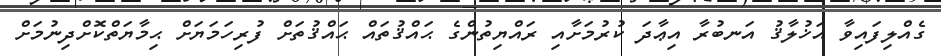
ގެއްލިފައިވާ އަޚުލާޤު އަނބުރާ އިޢާދަ ކުރުމަށާއި ރައްޔިތުންގެ ޙައްޤުތައް ޙައްޤުތަށް ފުރިހަމަޔަށް ޙިމާޔަތްކޮށްދިނުމަށް